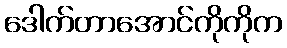
ဒေါက်တာအောင်ကိုကိုက